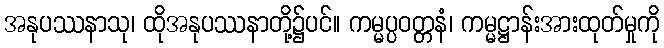
အနုပဿနာသု၊ ထိုအနုပဿနာတို့၌ပင်။ ကမ္မပ္ပဝတ္တနံ၊ ကမ္မဋ္ဌာန်းအားထုတ်မှုကို